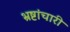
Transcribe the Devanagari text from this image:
भ्रष्टांचारी